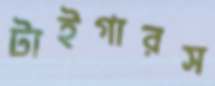
টাইগারস